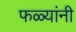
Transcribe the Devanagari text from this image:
फळ्यांनी